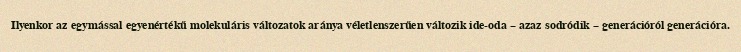
Ilyenkor az egymással egyenértékű molekuláris változatok aránya véletlenszerűen változik ide-oda – azaz sodródik – generációról generációra.